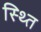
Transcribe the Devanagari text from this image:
स्थ्‍ति